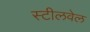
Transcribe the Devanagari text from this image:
स्टीलवेल